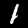
Label: 1